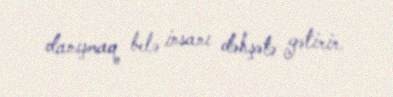
danışmaq belə insanı dəhşətə gətirir.